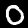
Label: 0